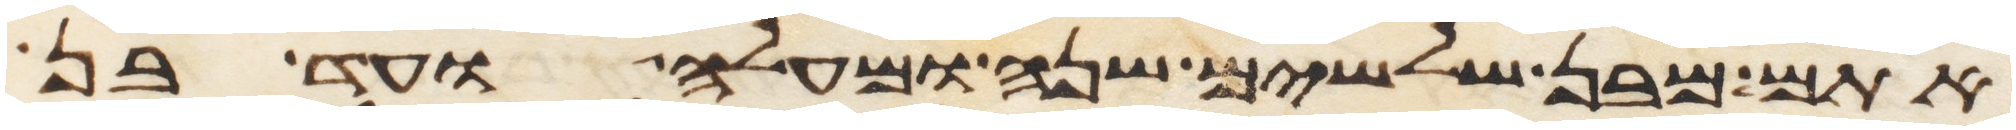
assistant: אתם מבן שלשים שנה ומעלה ועד בן